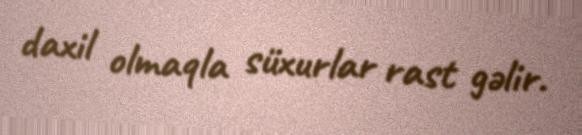
daxil olmaqla süxurlar rast gəlir.